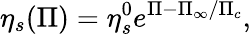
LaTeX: \eta_{s}(\Pi)=\eta_{s}^{0}e^{\Pi-\Pi_{\infty}/\Pi_{c}},